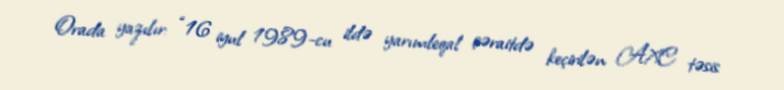
Orada yazılır: “16 iyul 1989-cu ildə yarımleqal şəraitdə keçirilən AXC təsis